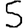
Digit: 5